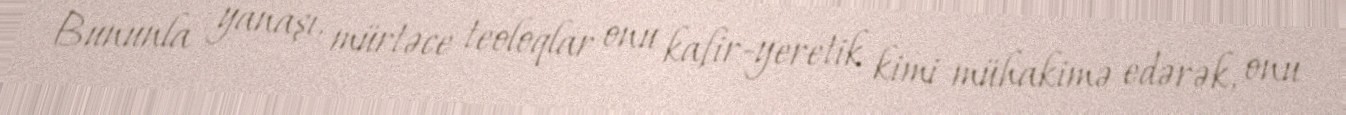
Bununla yanaşı, mürtəce teoloqlar onu kafir-yeretik kimi mühakimə edərək, onu